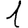
Digit: 1